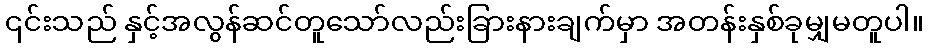
၎င်းသည် နှင့်အလွန်ဆင်တူသော်လည်းခြားနားချက်မှာ အတန်းနှစ်ခုမျှမတူပါ။